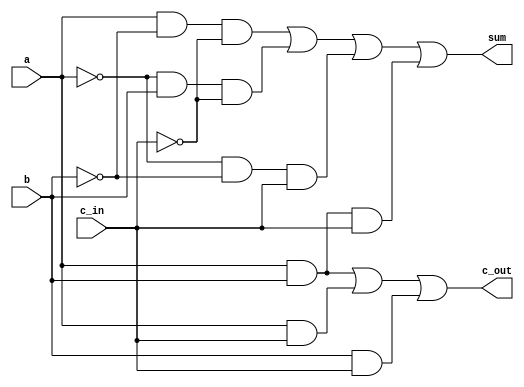
module ADD_1_bit(c_out, sum, a, b, c_in);

output	c_out, sum;
input		a, b, c_in;
wire		w1, w2, w3, w4, w5, w6, w7, w8, w9, w10;

not	not1	(w1, a);
not	not2	(w2, b);
not	not3	(w3, c_in);

and	and1	(w4, a, w2, w3);			//
and	and2	(w5, w1, b, w3);			//	for sum
and	and3	(w6, w1, w2, c_in);		//
and	and4	(w7, a, b, c_in);			//

and	and5	(w8, a, b);				//
and	and6	(w9, a, c_in);			// for c_out
and	and7	(w10, b, c_in);		//

or	or_sum	(sum, w4, w5, w6, w7);			// sum
or	or_cout	(c_out, w8, w9, w10);		// c_out

endmodule